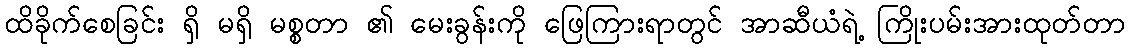
ထိခိုက်စေခြင်း ရှိ မရှိ မစ္စတာ ၏ မေးခွန်းကို ဖြေကြားရာတွင် အာဆီယံရဲ့ ကြိုးပမ်းအားထုတ်တာ